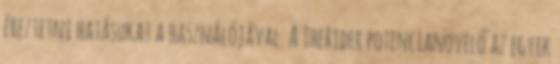
éreztetni hatásukat a használójával. A TheRider potencianövelő az egyik